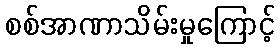
စစ်အာဏာသိမ်းမှုကြောင့်